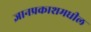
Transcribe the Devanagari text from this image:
ज्ञानप्रकाशमधील